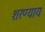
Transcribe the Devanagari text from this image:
शरण्याय